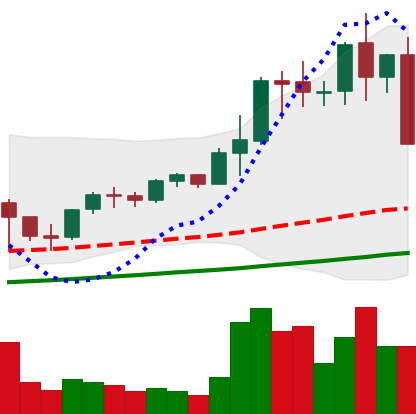
Ticker: LTC-USD
Chart end date: 2021-05-12
Forward return: -7.033%
Label: down_7plus